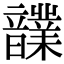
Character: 𩑄